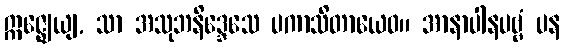
ဣဇ္ဈေယျ, သာ အသုဘနိဒ္ဒေသေ ပကာသိတာယေဝ။ အာနာပါနပဗ္ဗံ ပန